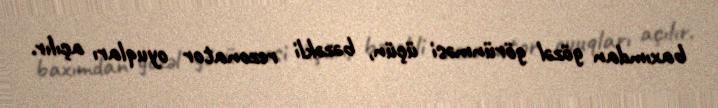
baxımdan gözəl görünməsi üçün, bəzəkli rezonator oyuqları açılır.